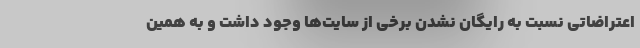
اعتراضاتی نسبت به رایگان نشدن برخی از سایت‌ها وجود داشت و به همین